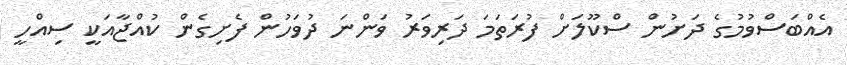
އެއްބަސްވުމުގެ ދަށުން ސްކޫލަށް ފުރަތަމަ ދަރިވަރު ވަންނަ ދުވަހުން ފެށިގެން ކުއްޖާއަކީ ސިއްހީ